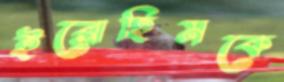
ইব্রোহিমকে